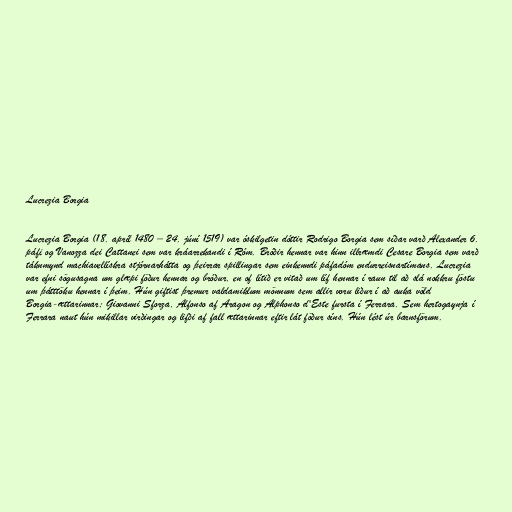
Lucrezia Borgia

Lucrezia Borgia (18. apríl 1480 – 24. júní 1519) var óskilgetin dóttir Rodrigo Borgia sem síðar varð Alexander 6.
páfi og Vanozza dei Cattanei sem var kráarrekandi í Róm. Bróðir hennar var hinn illræmdi Cesare Borgia sem varð
táknmynd machiavellískra stjórnarhátta og þeirrar spillingar sem einkenndi páfadóm endurreisnartímans. Lucrezia
var efni sögusagna um glæpi föður hennar og bróður, en of lítið er vitað um líf hennar í raun til að slá nokkru föstu
um þátttöku hennar í þeim. Hún giftist þremur valdamiklum mönnum sem allir voru liður í að auka völd
Borgia-ættarinnar; Giovanni Sforza, Alfonso af Aragon og Alphonso d'Este fursta í Ferrara. Sem hertogaynja í
Ferrara naut hún mikillar virðingar og lifði af fall ættarinnar eftir lát föður síns. Hún lést úr barnsförum.